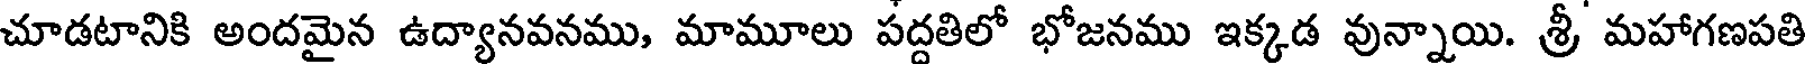
చూడటానికి అందమైన ఉద్యానవనము, మామూలు పద్దతిలో భోజనము ఇక్కడ వున్నాయి. శ్రీ మహాగణపతి